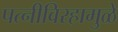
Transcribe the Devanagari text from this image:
पत्‍नीविरहामुळे